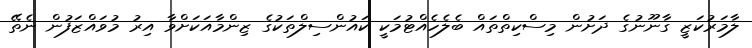
ލާމަރުކަޒީ ގާނޫނުގެ ދަށުން މިސްކިތްތައް ބެލެހެއްޓުމަކީ ކައުންސިލްތަކުގެ ޒިންމާއަކަށްވާ އިރު މުވައްޒަފުން ނެތޭ